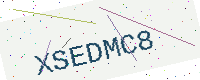
Text: XSEDMC8